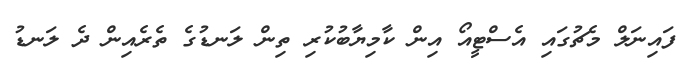
ފައިނަލް މެޗުގައި އެސްޓީއޯ އިން ކާމިޔާބުކުރި ތިން ލަނޑުގެ ތެރެއިން ދެ ލަނޑު